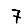
Digit: 7